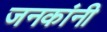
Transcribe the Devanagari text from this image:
जनकांनी